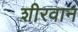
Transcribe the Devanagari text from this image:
शीरवान